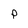
Character: p